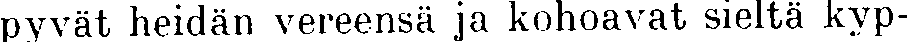
pyvät heidän vereensä ja kohoavat sieltä kyp-